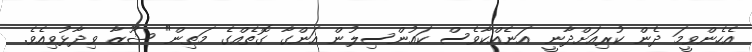
އެހެންވީމަ ދެން ކުރިއަށްދާނީ އަނެއްކާވެސް ކައުންސިލުން އަންގާ ގޮތެއްގެ މަތިން" ޝޫޒާ ވިދާޅުވިއެވެ.